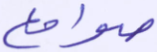
صوامع